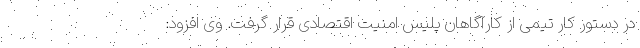
در دستور کار تیمی از کارآگاهان پلیس امنیت اقتصادی قرار گرفت. وی افزود: